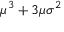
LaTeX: \mu ^ { 3 } + 3 \mu \sigma ^ { 2 }